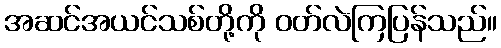
အဆင်အယင်သစ်တို့ကို ဝတ်လဲကြပြန်သည်။